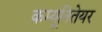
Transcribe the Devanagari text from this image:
कम्यूनितेयर